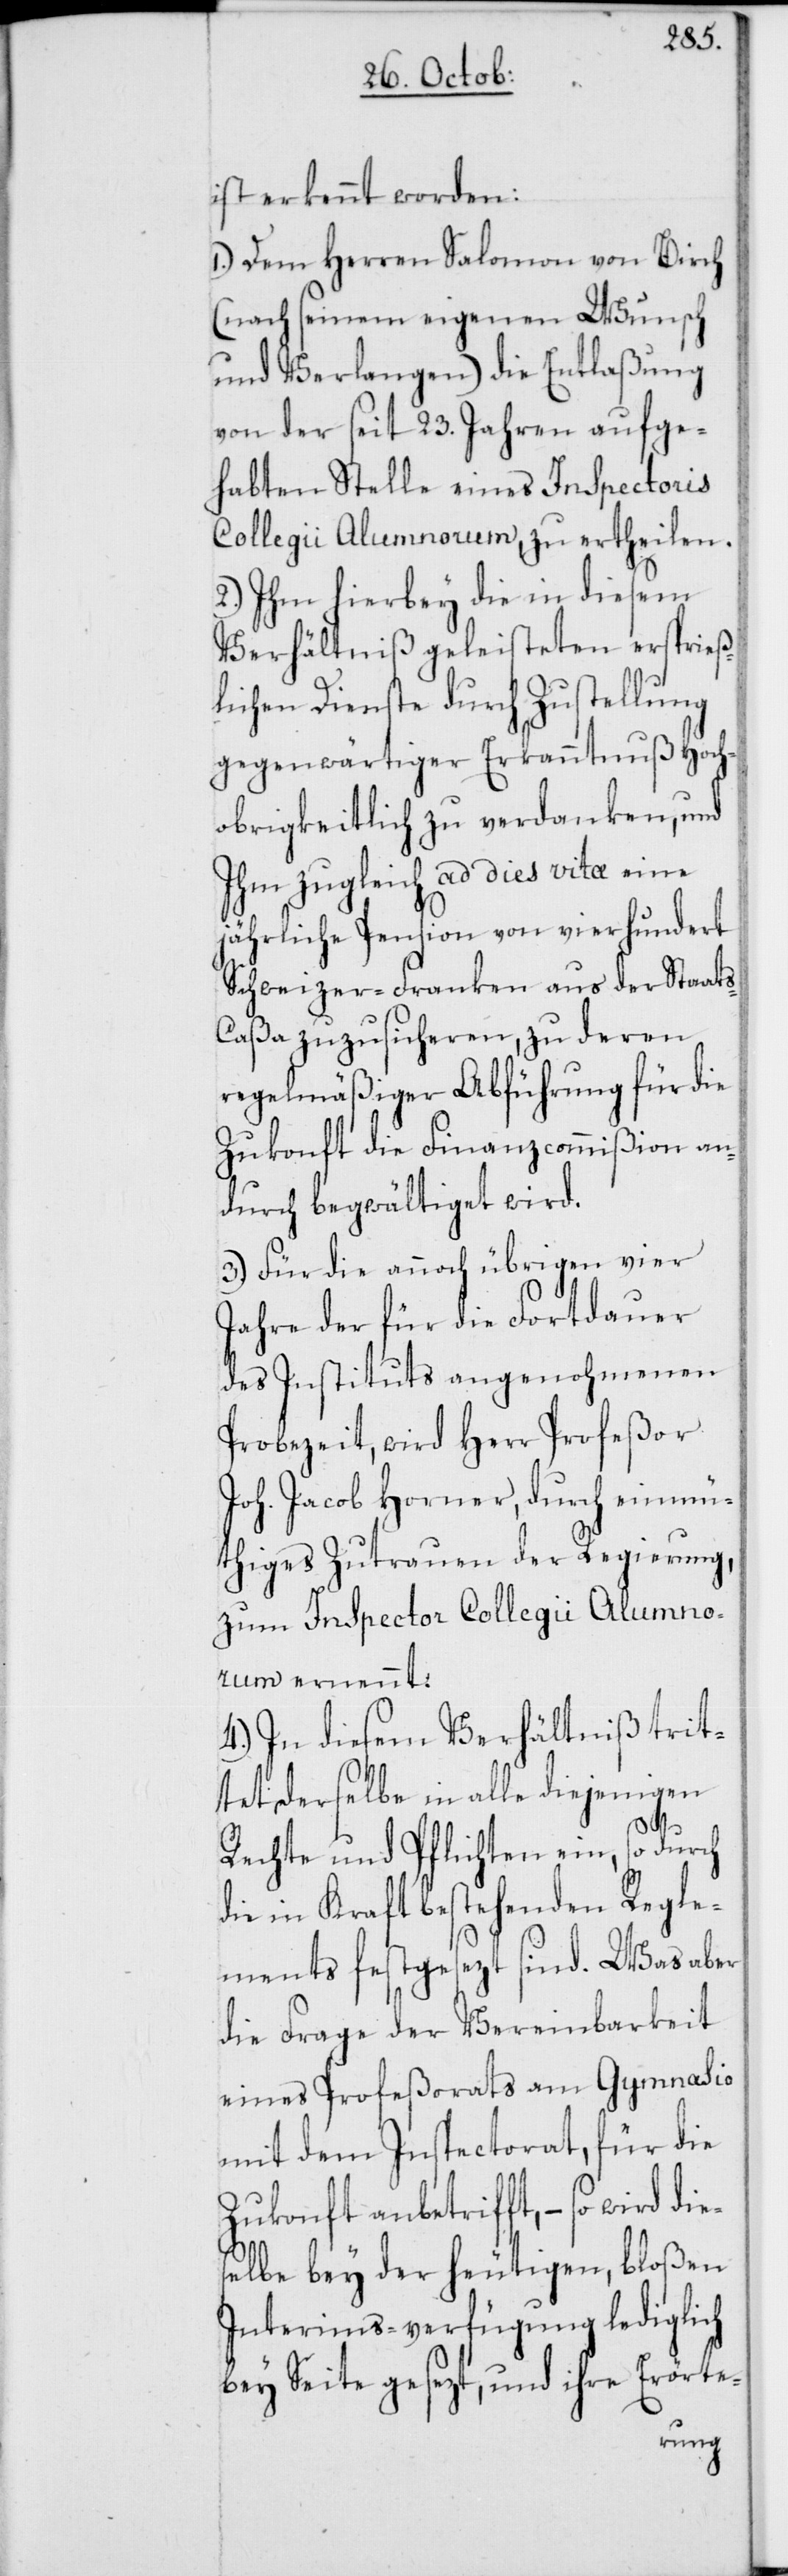
ist erkennt worden:
1.) Dem Herren Salomon von Birch
(nach seinem eigenen Wunsch
und Verlangen) die Entlaßung
von der seit 23. Jahren aufge¬
habten Stelle eines Inspectoris
Collegii Alumnorum, zu ertheilen.
2.) Ihm hierbey die in diesem
Verhältniß geleisteten ersprieß¬
lichen Dienste durch Zustellung
gegenwärtiger Erkanntnuß Hoch¬
obrigkeitlich zu verdanken, und
ihm zugleich ad dieß vitae eine
jährliche Pension von vierhundert
Schweizer-Franken aus der Staat¬
s-Caßa zuzusicheren, zu deren
regelmäßiger Abführung für die
Zukonft die Finanzcommißion an¬
durch begwältiget wird.
3.) Für die annoch übrigen vier
Jahre der für die Fortdauer
des Instituts angenohmenen
Probezeit, wird Herr Profeßor
Joh. Jacob Horner, durch einmü¬
thiges Zutrauen der Regierung,
zum Inspector Collegii Alumnor¬
um ernennt.
4.) In diesem Verhältniß trit¬
tet derselbe in alle diejenigen
Rechte und Pflichten ein, so durch
die in Kraft bestehenden Regle¬
ments festgesezt sind. Was aber
die Frage der Vereinbarkeit
eines Profeßorats am Gymnasio
mit dem Inspectorat, für die
Zukonft anbetrifft, – so wird die¬
selbe bey der heutigen, bloßen
Interims-verfügung lediglich
bey Seite gesezt, und ihre Erörte-